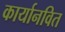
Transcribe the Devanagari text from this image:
कार्यानवित